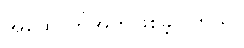
အထောက်အကူဖြစ်ခဲ့ပါတယ်။